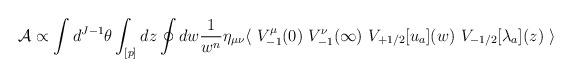
LaTeX: \begin{align*}{\cal A}\propto\int d^{J-1}\theta\int_{[p]}dz\oint dw\frac{1}{w^n}\eta_{\mu\nu}\langle\ V_{-1}^\mu(0)\ V_{-1}^\nu(\infty)\ V_{+1/2}[u_a](w)\ V_{-1/2}[\lambda_a](z)\ \rangle\end{align*}